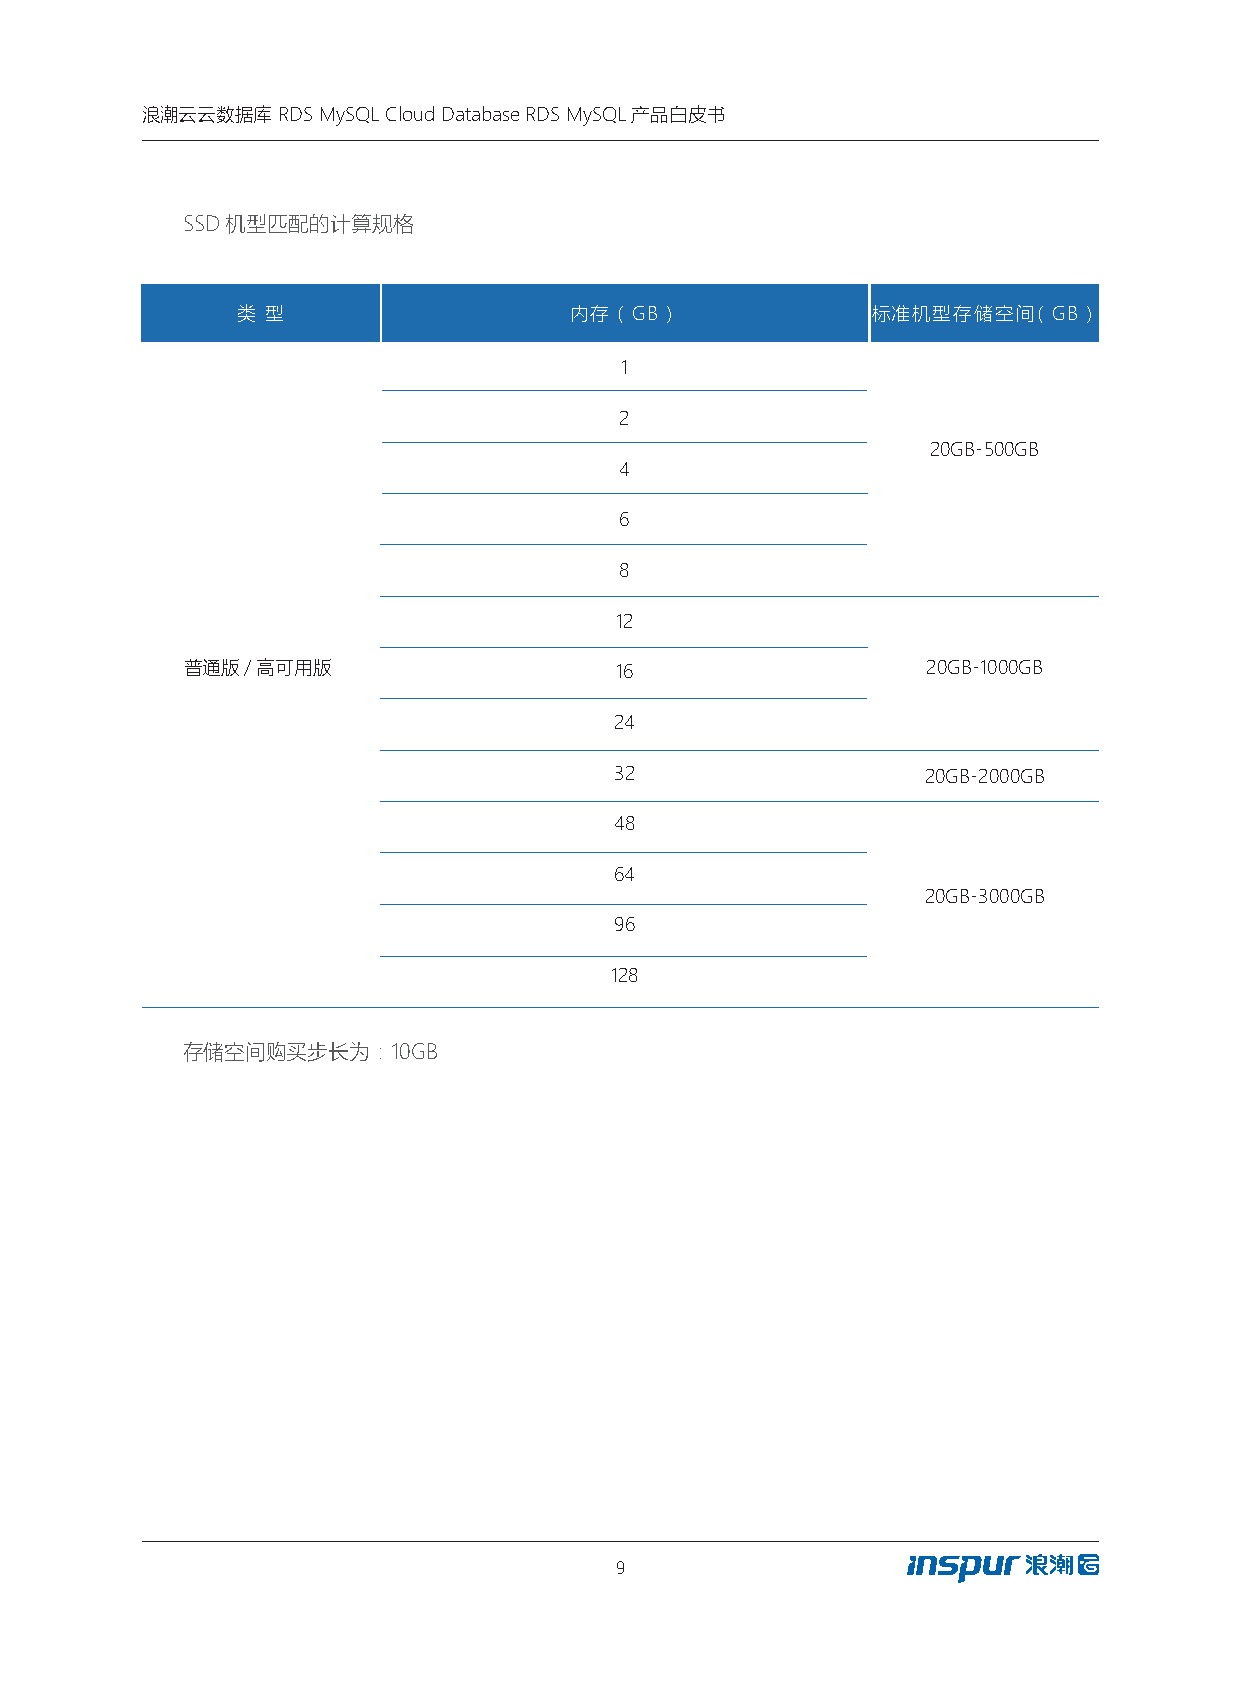
浪潮云云数据库  RDS MySQL Cloud Database RDS MySQL产品白皮书
 SSD机型匹配的计算规格
 类 型                   内存（GB）              标准机型存储空间（GB）
 1
 2
 20GB-500GB
 4
 6
 8
 12
 普通版/高可用版                     16                  20GB-1000GB
 24
 32                  20GB-2000GB
 48
 64
 20GB-3000GB
 96
 128
 存储空间购买步长为：10GB
 9